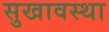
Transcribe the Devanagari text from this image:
सुखावस्था